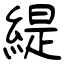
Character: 緹